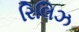
રિલિઝ